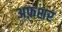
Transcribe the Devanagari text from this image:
अफ़शर